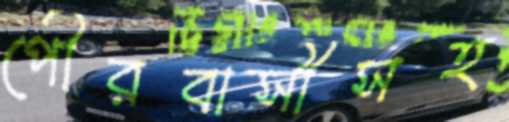
পৌরবাসীসহ